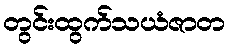
တွင်းထွက်သယံဇာတ